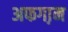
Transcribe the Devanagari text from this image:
अफगा़न